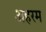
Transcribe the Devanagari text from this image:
अहरम